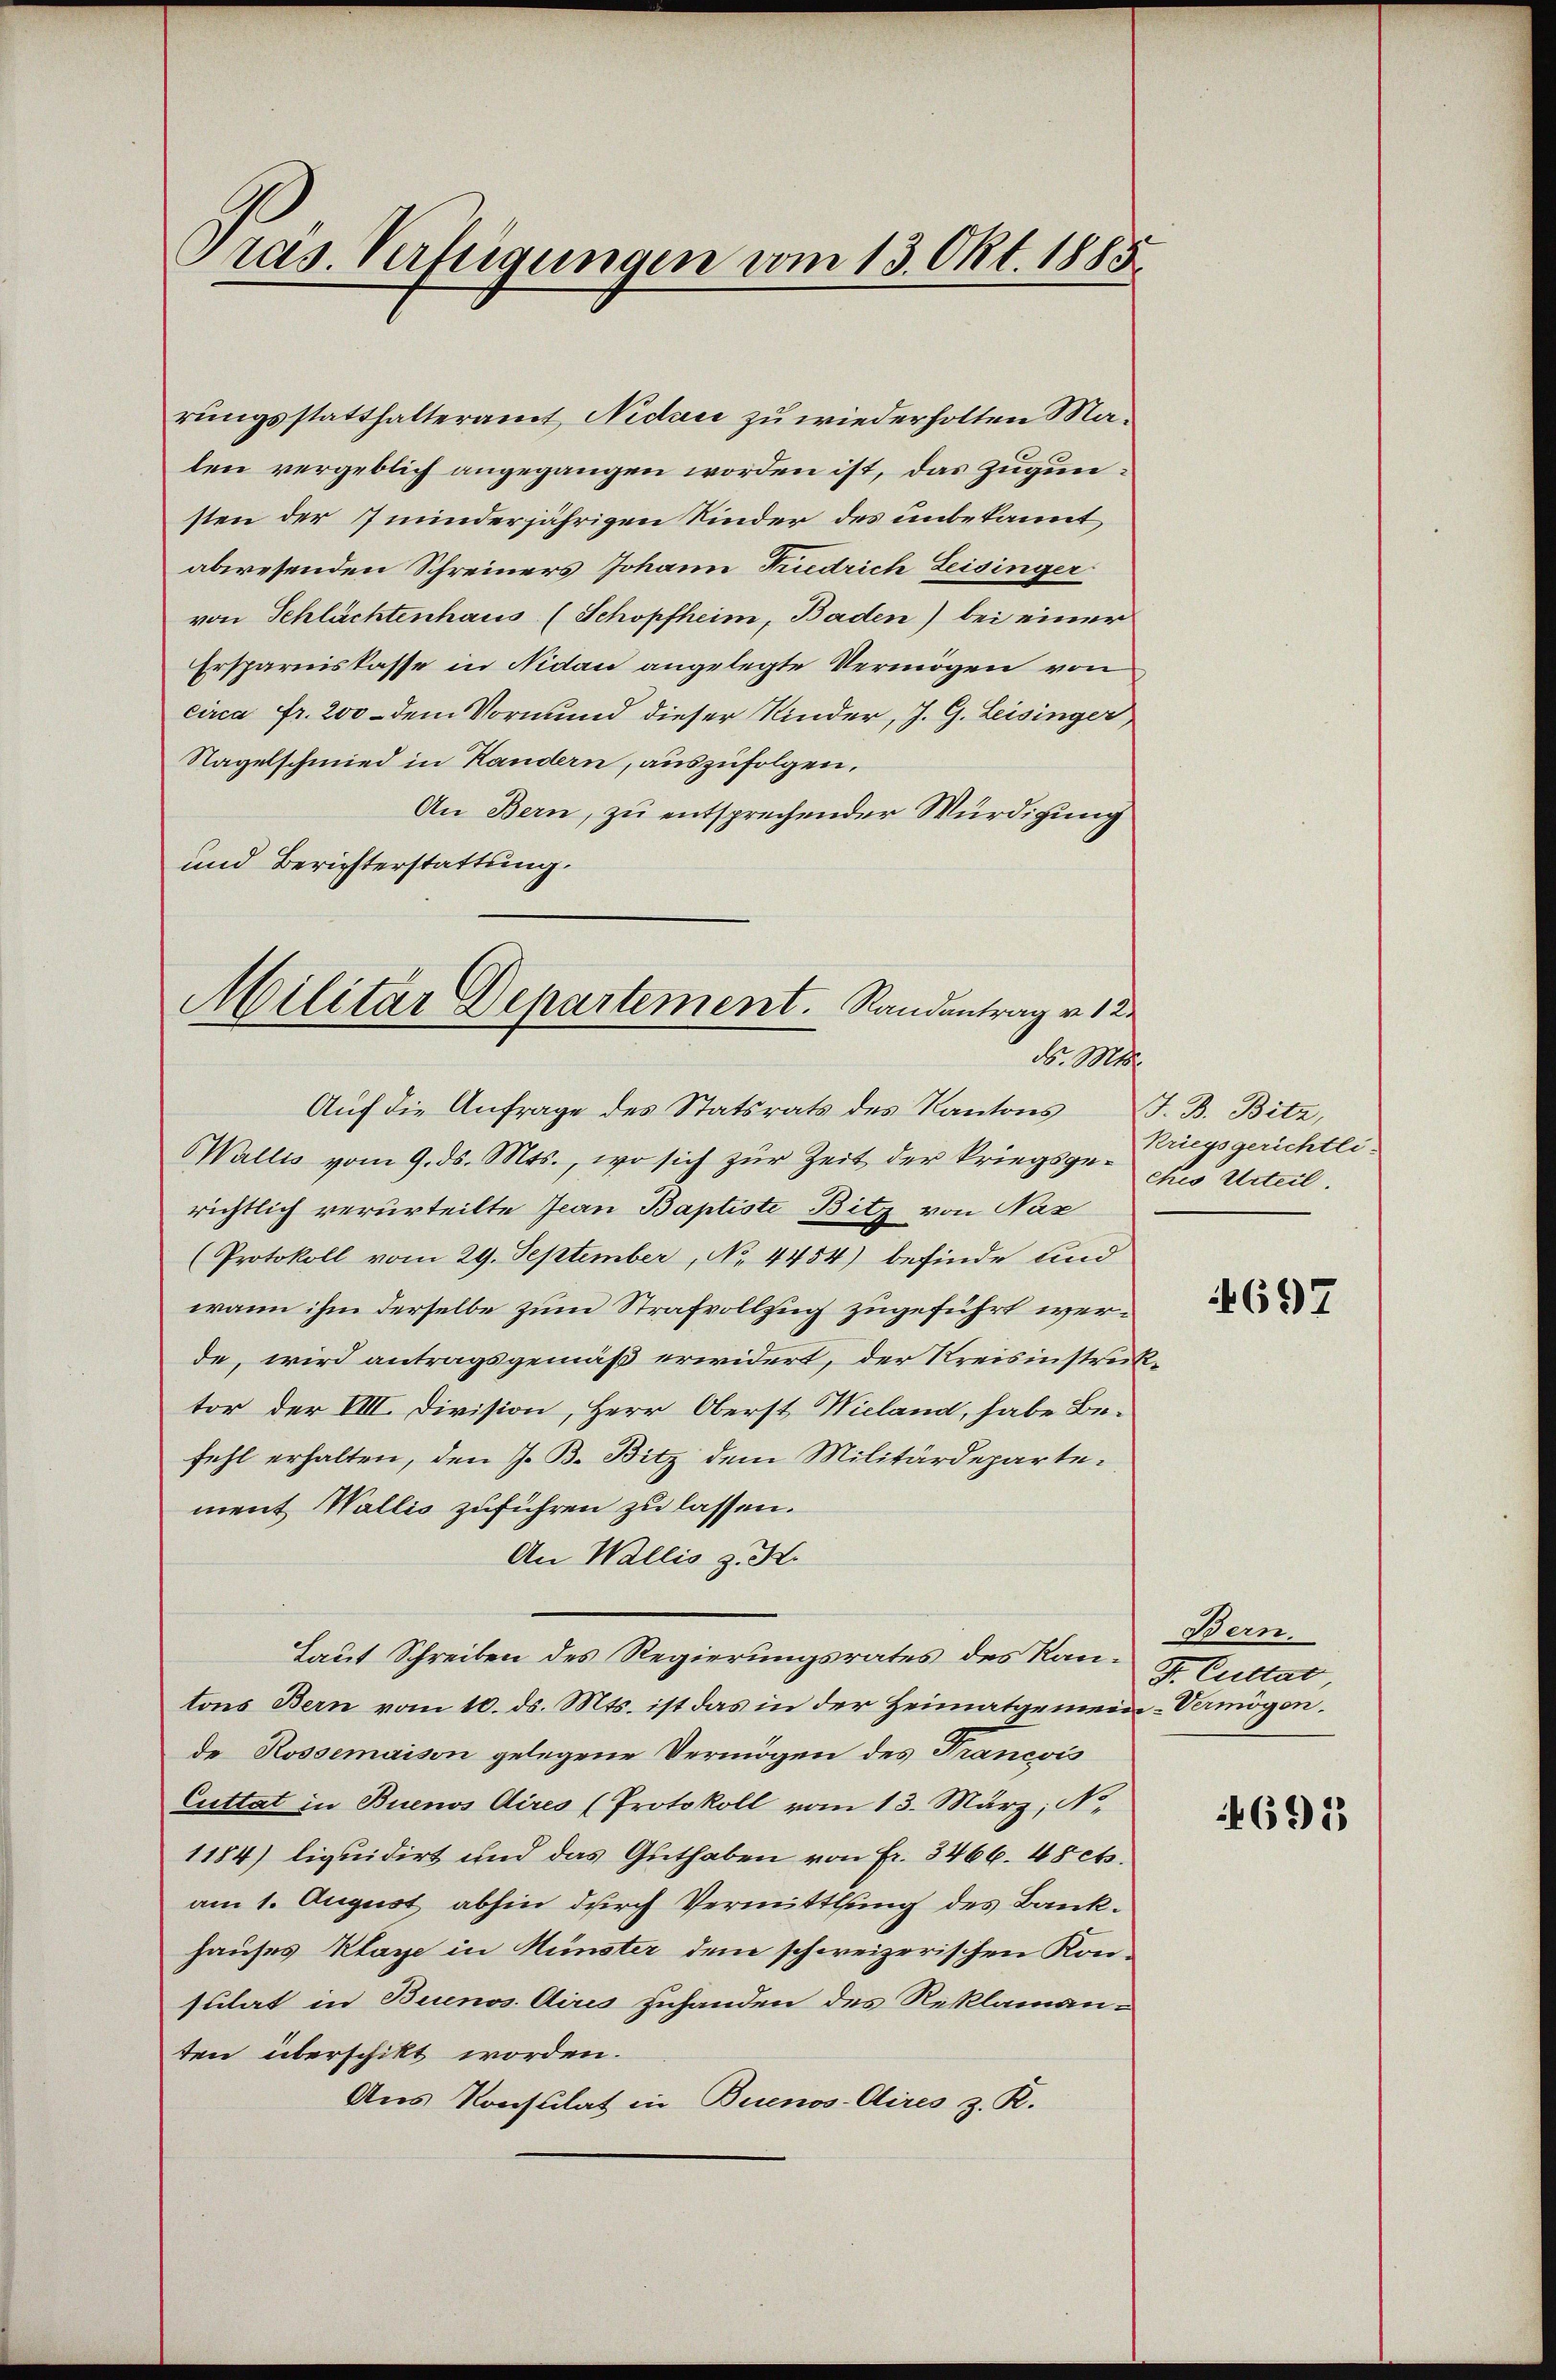
Präs. Verfügungen vom 13. Okt. 1885

Militar Departement.   Randantrag v. 12
No. 1000.
Auf die Anfrage des Statsrats des Kantons

rungsstatthalteramt, Nidau zu wiederholten Malen vergeblich angegangen worden ist, das zugunsten der minderjährigen Kinder des unbekannt,
abwesenden Schreiners Johann Friedrich Leisinger
von Schlächtenhaus (Schopfheim, Baden) bei einer
Ersparniskasse in Nidau angelegte Vermögen von
circa Fr. 200 - dem Vormund dieser Kinder, J. G. Leisinger
Nagelschmied in Handern, auszufolgen.
An Bern, zu entsprechender Würdigung
und Berichterstattung.
Wallis vom 9. ds. Mts., wo sich zŭr Zeit der Kriegsge-der Urteil.
richtlich verurteilte Jean Baptiste Bitz von Naz
(Protokoll vom 29. September, No 4454) befinde und
wann ihm derselbe zum Strafvollzug zugeführt werde, wird antragsgemäß erwidert, der Kreisinstruktor der VIII. Division, Herr Oberst Wieland, habe Befehl erhalten, den J. B. Bitz dem Militärdepartement Wallis zuführen zu lassen.
An Wallis z. K.
Laut Schreiben des Regierungsrates des Ran¬ F Cultat,
tons Bern vom 10. ds. Mts. ist das in der Heimatgemein-Vermögen.
de Rossemaison gelegene Vermögen des Francois
Cuttat zu Buenos Aires (Protokoll vom 13. März, N.
1184) liquidirt und das Guthaben von Fr. 3466. 45 cts.
am 1. August abhin durch Vermittlung des Bankhauses Klage in Münster dem schweizerischen Konsulat in Brunos Aires Zuhanden des Reklamanten überschikt worden.
Aus Konsulat in Buenos-Aires z. R.

J. B. Bitz,
Kriegsgerichtli¬

697

Bern.

4695